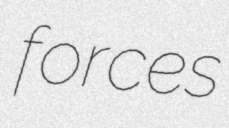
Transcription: forces